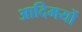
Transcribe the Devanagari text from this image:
आदिमयों